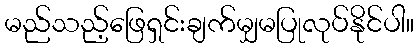
မည်သည့်ဖြေရှင်းချက်မျှမပြုလုပ်နိုင်ပါ။